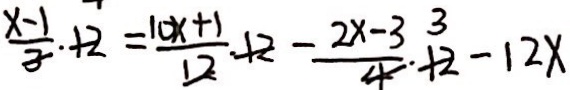
\frac { x - 1 } { 3 } + 2 = \frac { 1 0 x + 1 } { 1 2 } \cdot + 2 - \frac { 2 x - 3 } { 4 } \cdot ^ { 3 } + 2 - 1 2 x